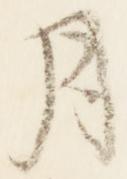
月